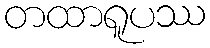
တထာရူပဿ